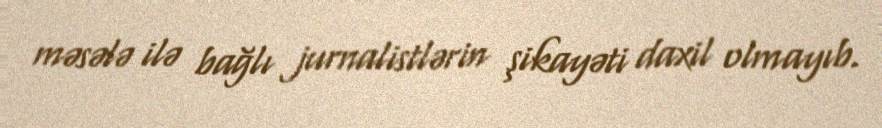
məsələ ilə bağlı jurnalistlərin şikayəti daxil olmayıb.